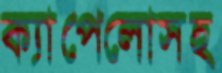
ক্যাপেলোসহ